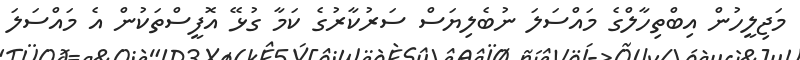
މަޖިލީހުން އިބްތިހާލްގެ މައްސަލަ ނުބެލިޔަސް ސަރުކާރުގެ ކަމާ ގުޅޭ އޮފީސްތަކުން އެ މައްސަލަ